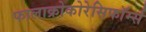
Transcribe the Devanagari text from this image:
फालाक्रोकोरेसिफॉर्म्स